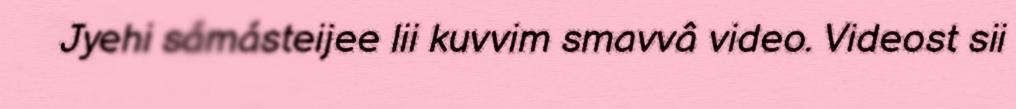
Jyehi sámásteijee lii kuvvim smavvâ video. Videost sii